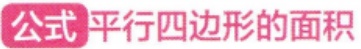
公式 平行四边形的面积